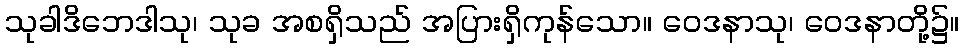
သုခါဒိဘေဒါသု၊ သုခ အစရှိသည် အပြားရှိကုန်သော။ ဝေဒနာသု၊ ဝေဒနာတို့၌။